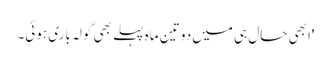
'ابھی حال ہی میں دو تین ماہ پہلے بھی گولہ باری ہوئی۔